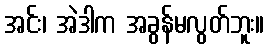
အင်း၊ အဲဒါက အခွန်မလွတ်ဘူး။